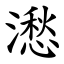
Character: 㵞